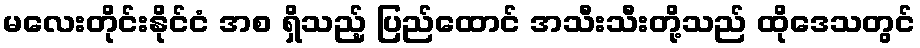
မလေးတိုင်းနိုင်ငံ အစ ရှိသည့် ပြည်ထောင် အသီးသီးတို့သည် ထိုဒေသတွင်